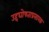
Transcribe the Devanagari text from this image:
उद्दघोषताप्रसारक